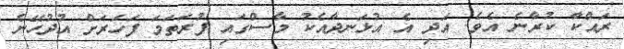
ރައްކާ ކުރާނެ އެވެ. އަދި އެ އުޅަނދާއެކު މާސްގައި ފުރަތަމަ ފަހަރަށް އުދުހޭނެ